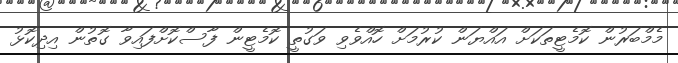
މެމްބަރުން ކޮމެޓީތަކަށް އައްޔަން ކުރުމަށް ހޮއްވެވި ވަގުތީ ކޮމެޓީން ފާސްކޮށްފައިވާ ގޮތުން އިދިކޮޅު